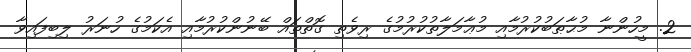
2. މީހުންނާ މުޙާޠަބުކުރުމާއި މުޢާމަލާތުކުރުމުގެ ރިވެތި ގޮތްތައް ބޭނުންކުރުމާއި އެކަމުގެ ހުނަރު ލިބިފައިވާ